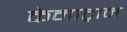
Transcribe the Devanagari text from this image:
केनाट्रान